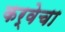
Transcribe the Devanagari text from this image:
कर्वेचा